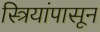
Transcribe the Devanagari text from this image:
स्त्रियांपासून